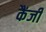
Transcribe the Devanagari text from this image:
कैंजी